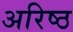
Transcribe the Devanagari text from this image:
अरिष्ठ